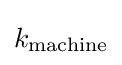
k_{\text{machine}}